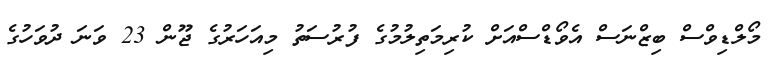
މޯލްޑިވްސް ބިޒްނަސް އެވޯޑްސްއަށް ކުރިމަތިލުމުގެ ފުރުސަތު މިއަހަރުގެ ޖޫން 23 ވަނަ ދުވަހުގެ